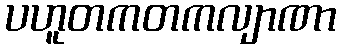
ပဟူတကတကလျာဏာ